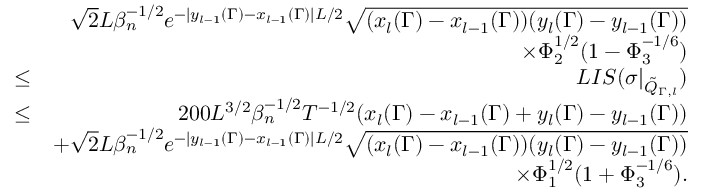
\begin{array} { r l r } & { } & { \sqrt { 2 } L \beta _ { n } ^ { - 1 \slash 2 } e ^ { - | y _ { l - 1 } ( \Gamma ) - x _ { l - 1 } ( \Gamma ) | L \slash 2 } \sqrt { ( x _ { l } ( \Gamma ) - x _ { l - 1 } ( \Gamma ) ) ( y _ { l } ( \Gamma ) - y _ { l - 1 } ( \Gamma ) ) } } \\ & { } & { \times \Phi _ { 2 } ^ { 1 \slash 2 } ( 1 - \Phi _ { 3 } ^ { - 1 \slash 6 } ) } \\ & { \leq } & { L I S ( \sigma | _ { \tilde { Q } _ { \Gamma , l } } ) } \\ & { \leq } & { 2 0 0 L ^ { 3 \slash 2 } \beta _ { n } ^ { - 1 \slash 2 } T ^ { - 1 \slash 2 } ( x _ { l } ( \Gamma ) - x _ { l - 1 } ( \Gamma ) + y _ { l } ( \Gamma ) - y _ { l - 1 } ( \Gamma ) ) } \\ & { } & { + \sqrt { 2 } L \beta _ { n } ^ { - 1 \slash 2 } e ^ { - | y _ { l - 1 } ( \Gamma ) - x _ { l - 1 } ( \Gamma ) | L \slash 2 } \sqrt { ( x _ { l } ( \Gamma ) - x _ { l - 1 } ( \Gamma ) ) ( y _ { l } ( \Gamma ) - y _ { l - 1 } ( \Gamma ) ) } } \\ & { } & { \quad \times \Phi _ { 1 } ^ { 1 \slash 2 } ( 1 + \Phi _ { 3 } ^ { - 1 \slash 6 } ) . } \end{array}